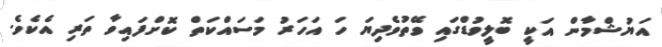
އަޔުޝްމާން އަކީ ބޮލީވުޑްގައި ވޭތުވެދިޔަ ހަ އަހަރު މަސައްކަތް ކޮށްފައިވާ ތަރި އެކެވެ.